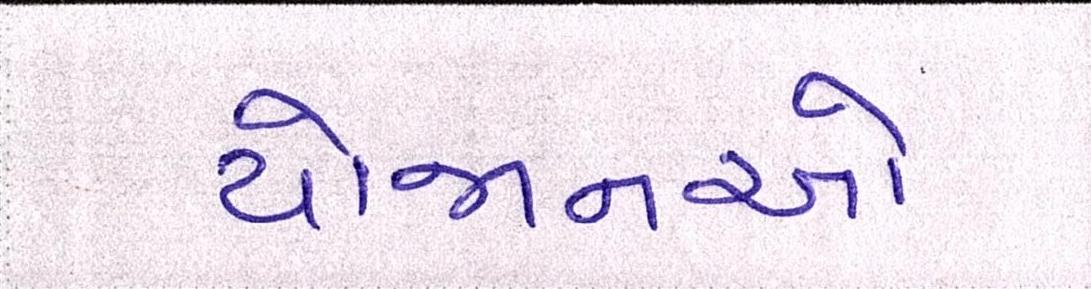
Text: યોજાનઓ